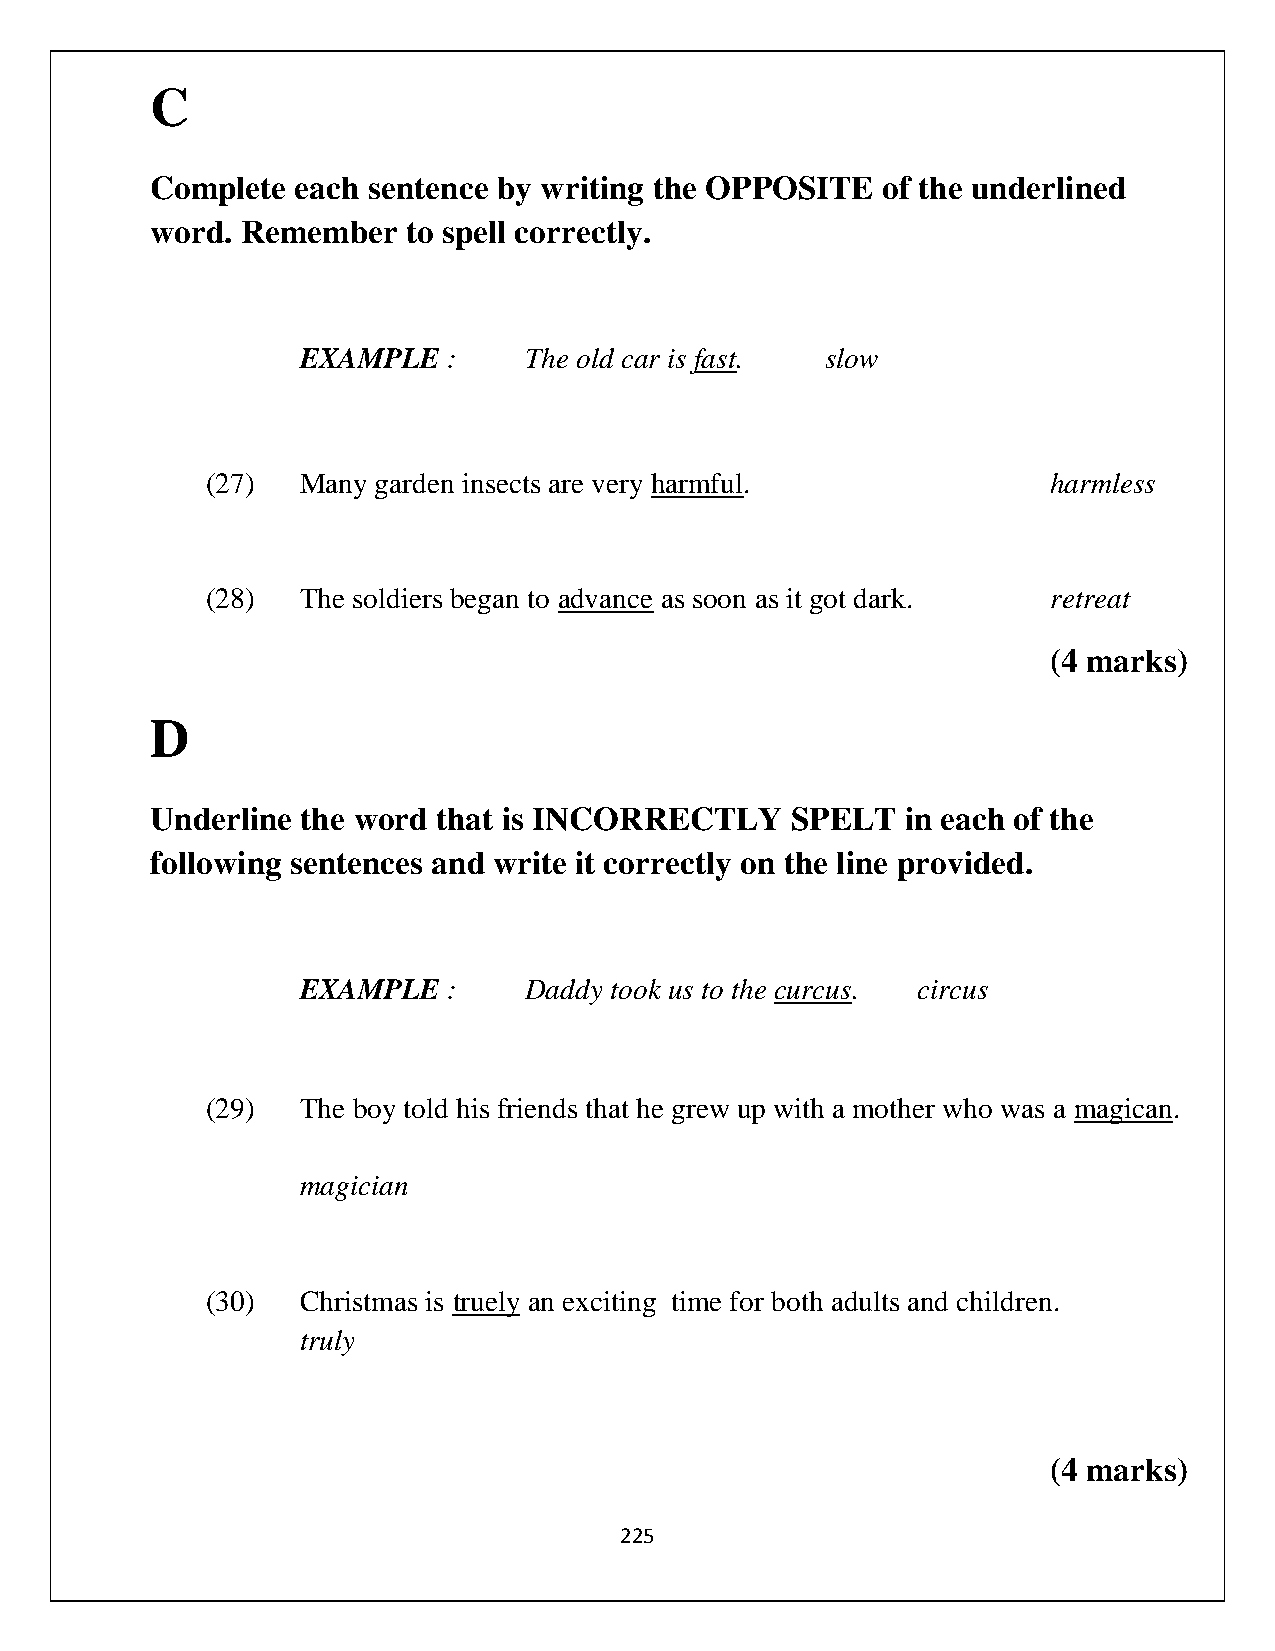
C
 Complete  each sentence by writing the OPPOSITE of the underlined
 word. Remember   to spell correctly.
 EXAMPLE   :    The old car is fast. slow
 (27)  Many garden insects are very harmful.             harmless
 (28)  The soldiers began to advance as soon as it got dark. retreat
 (4 marks)
 D
 Underline the word that is INCORRECTLY    SPELT   in each of the
 following sentences and write it correctly on the line provided.
 EXAMPLE   :    Daddy took us to the curcus. circus
 (29)  The boy told his friends that he grew up with a mother who was a magican.
 magician
 (30)  Christmas is truely an exciting time for both adults and children.
 truly
 (4 marks)
 225